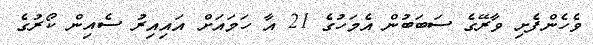
ވެހެންފެށި ވާރޭގެ ސަބަބުން އެމަހުގެ 21 އާ ހަމައަށް އައިއިރު ސެއިން ކޯރުގެ